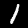
Label: 1